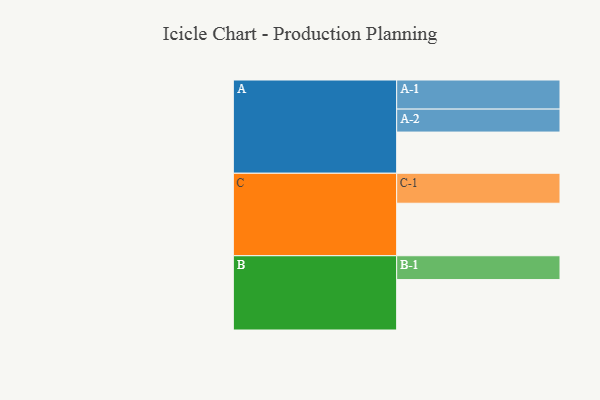
{"axis": {"x": "Segment", "y": "Value"}, "legend": ["", "A", "B", "C"], "data": [{"x": "A", "y": 375, "type": ""}, {"x": "B", "y": 459, "type": ""}, {"x": "C", "y": 478, "type": ""}, {"x": "A-1", "y": 265, "type": "A"}, {"x": "A-2", "y": 209, "type": "A"}, {"x": "B-1", "y": 217, "type": "B"}, {"x": "C-1", "y": 273, "type": "C"}]}